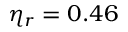
\eta _ { r } = 0 . 4 6